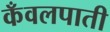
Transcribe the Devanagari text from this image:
कँवलपाती